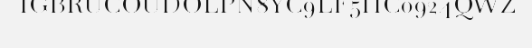
IGBRUCOUDOLPN8YC9LF5HC0924QWZ